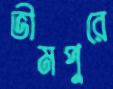
ভীমপুরে